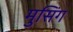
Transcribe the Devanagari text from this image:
मुसिंग